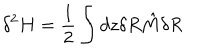
\delta ^ { 2 } H = \frac { 1 } { 2 } \int d z \delta R { \hat { M } } \delta R